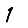
Digit: 1